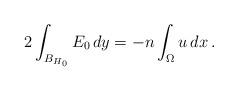
LaTeX: \begin{align*}2\int_{B_{H_0}}E_0\,dy =-n\int_\Omega u\,dx\,.\end{align*}